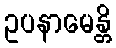
ဥပနာမေန္တိ